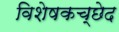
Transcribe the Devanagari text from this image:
विशेषकच्छेद